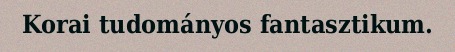
Korai tudományos fantasztikum.